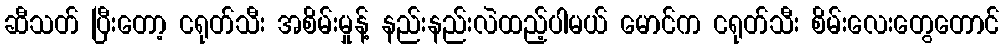
ဆီသတ် ပြီးတော့ ငရုတ်သီး အစိမ်းမှုန့် နည်းနည်းလဲထည့်ပါမယ် မောင်က ငရုတ်သီး စိမ်းလေးတွေတောင်